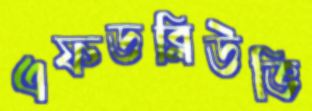
এফডব্লিউভি